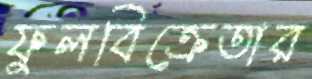
ফুলবিক্রেতার